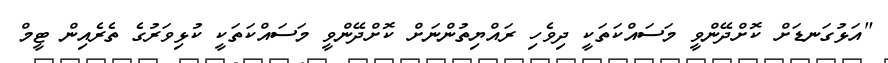
"އަޅުގަނޑަށް ކޮށްދޭންވީ މަސައްކަތަކީ ދިވެހި ރައްޔިތުންނަށް ކޮށްދޭންވީ މަސައްކަތަކީ ކުޅިވަރުގެ ތެރެއިން ޓީމް